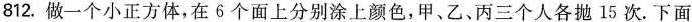
812.做一个小正方体，在6个面上分别涂上颜色，甲、乙、丙三个人各抛15次。下面